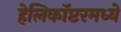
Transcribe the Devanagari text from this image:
हेलिकॉप्टरमध्ये